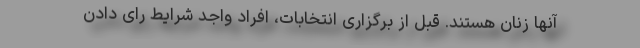
آنها زنان هستند. قبل از برگزاری انتخابات، افراد واجد شرایط رای دادن